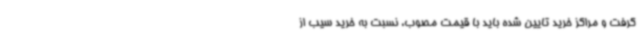
گرفت و مراکز خرید تایین شده باید با قیمت مصوب، نسبت به خرید سیب از